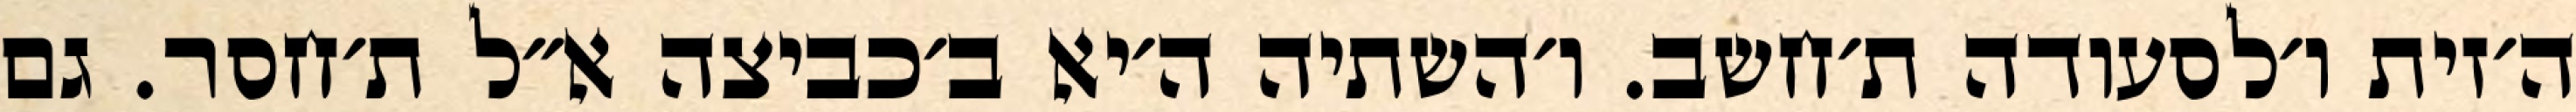
ה׳זית ו׳לסעודה ת׳חשב. ו׳השתיה ה׳יא ב׳כביצה א״ל ת׳חסר. גם